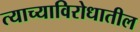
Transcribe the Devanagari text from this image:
त्याच्याविरोधातील